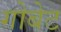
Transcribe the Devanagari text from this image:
गोबेट